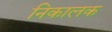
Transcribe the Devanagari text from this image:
निकालक